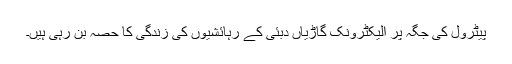
پیٹرول کی جگہ پر الیکٹرونک گاڑیاں دبئی کے رہائشیوں کی زندگی کا حصہ بن رہی ہیں۔